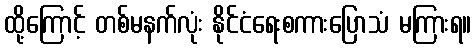
ထို့ကြောင့် တစ်မနက်လုံး နိုင်ငံရေးစကားပြောသံ မကြားရ။